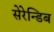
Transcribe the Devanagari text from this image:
सेरेन्डिब